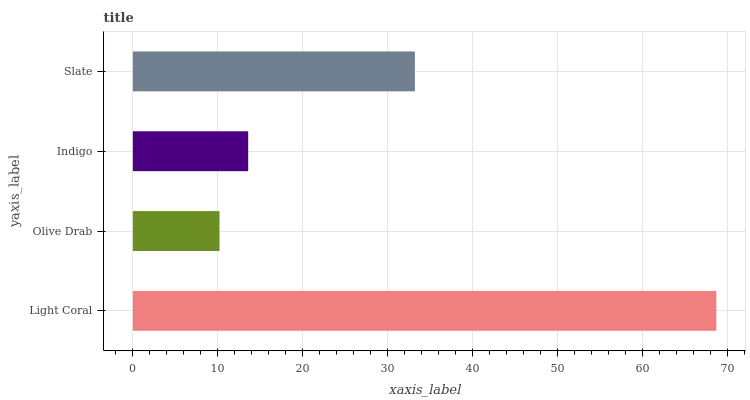
| yaxis_label | bars |
 | --- | --- |
 | Light Coral | 68.7 |
 | Olive Drab | 10.2 |
 | Indigo | 13.6 |
 | Slate | 33.2 |